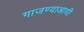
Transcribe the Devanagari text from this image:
गाजण्याआधी